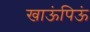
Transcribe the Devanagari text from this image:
खाऊंपिऊं